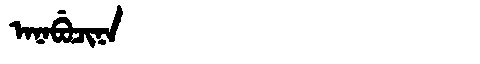
Manchu: ᠠᠨᠠᠪᡠᠴᡳᠨᠠ
Romanization: ANABUCINA